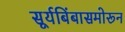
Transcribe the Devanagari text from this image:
सूर्यबिंबासमोरून